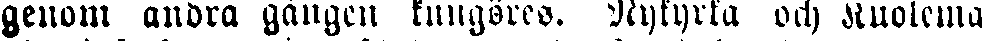
genom andra gången kungöres. Nykyrka och kuolema